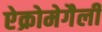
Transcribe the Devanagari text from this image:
ऐक्रोमेगैली